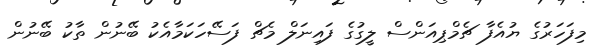
މިފަހަރުގެ ޔުއެފާ ޗެމްޕިއަންސް ލީގުގެ ފައިނަލް މެޗް ފަސޭހަކަމާއެކު ބޭނުން ތާކު ބޭނުން